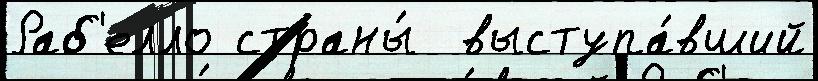
Раб'елло страны́  выступа́вший